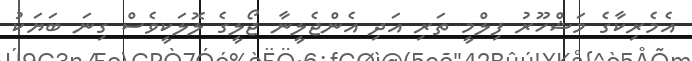
އެމެރިކާގެ މަޝްހޫރު ފިލްމީ ތަރި އަދި އެންޖެލީނާ ޖޯލީގެ ލޮލަކީވެސް ގިނަ ބަޔަކު